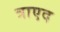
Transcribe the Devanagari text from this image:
त्राएद